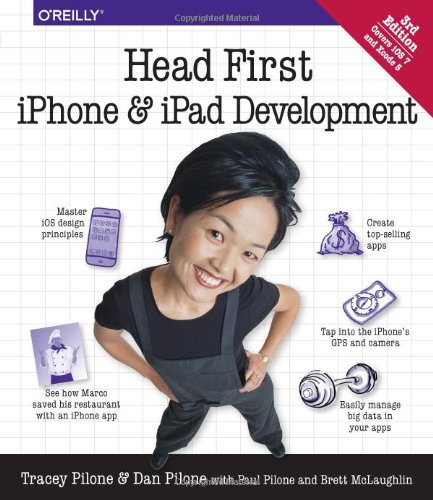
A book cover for Head First iPhone and iPad Development: A Learner's Guide to Creating Objective-C Applications for the iPhone and iPad; Dan Pilone; Computers & Technology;